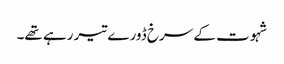
شہوت کے سرخ ڈورے تیر رہے تھے۔